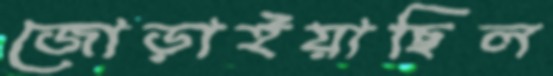
জোড়াইয়াছিল